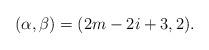
LaTeX: \begin{align*}(\alpha,\beta)=(2m-2i+3,2).\end{align*}